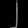
Digit: ၂